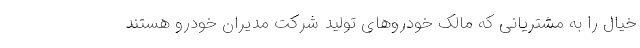
خیال را به مشتریانی که مالک خودروهای تولید شرکت مدیران خودرو هستند